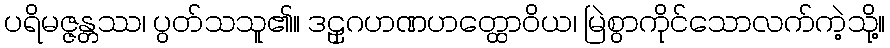
ပရိမဇ္ဇန္တဿ၊ ပွတ်သသူ၏။ ဒဠှဂဟဏဟတ္ထောဝိယ၊ မြဲစွာကိုင်သောလက်ကဲ့သို့။